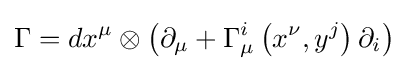
\Gamma =dx^{\mu }\otimes \left(\partial _{\mu }+\Gamma _{\mu }^{i}\left(x^{\nu },y^{j}\right)\partial _{i}\right)